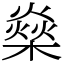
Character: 燊